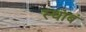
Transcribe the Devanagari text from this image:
स्थाबं